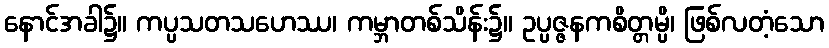
နောင်အခါ၌။ ကပ္ပသတသဟေဿ၊ ကမ္ဘာတစ်သိန်း၌။ ဥပ္ပဇ္ဇနကစိတ္တမ္ပိ၊ ဖြစ်လတံ့သော